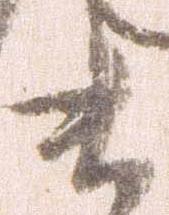
ま